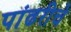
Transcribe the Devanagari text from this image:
पांढरीचे